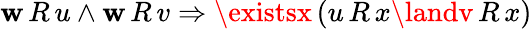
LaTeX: \mathbf{w}\, R\, u\land\mathbf{w}\, R\, v\Rightarrow\existsx\, (u\, R\, x\landv\, R\, x)